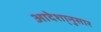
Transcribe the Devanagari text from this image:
आदेशा्नुसार